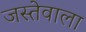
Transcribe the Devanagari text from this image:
जस्तेवाला